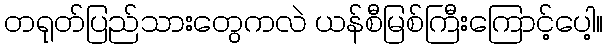
တရုတ်ပြည်သားတွေကလဲ ယန်စီမြစ်ကြီးကြောင့်ပေါ့။